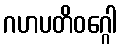
ဂဟပတိဝဂ္ဂေါ